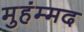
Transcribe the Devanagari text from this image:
मुहंम्मद